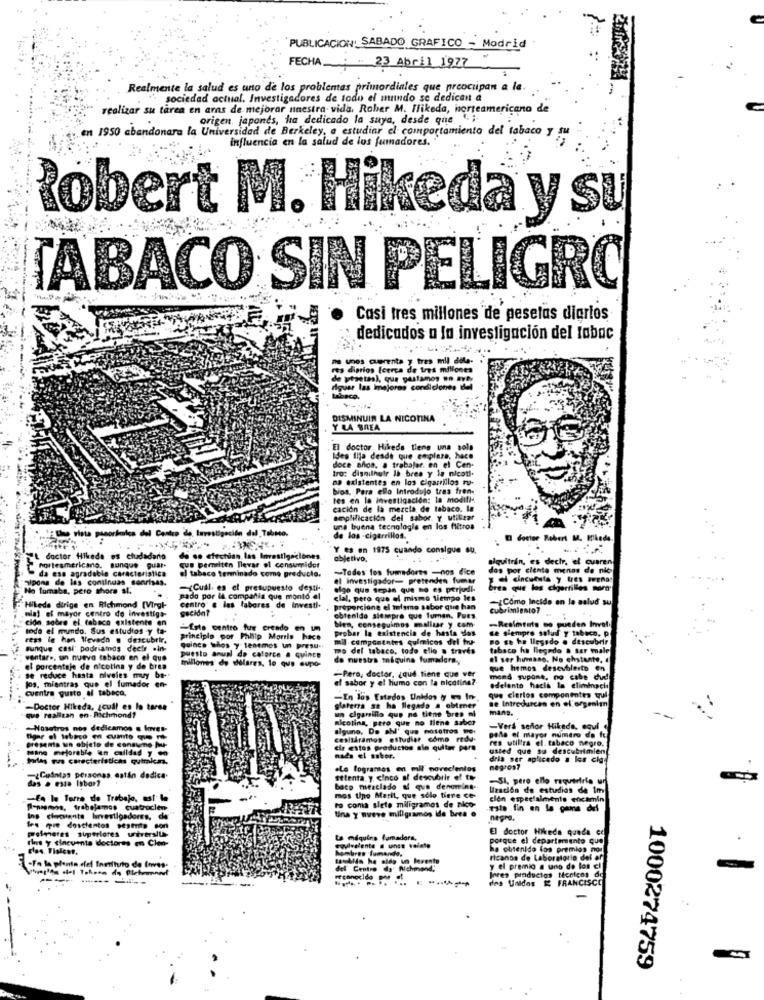
PUBLICACIÓN! SABADO GRAFICO - Modrid
FECHA. 23 Abril 1977
Realmente la salud es uno de los problemas primordiales que preocupan a la.
sociedad actual. Investigadores de todo el mundo se dedican a
realizar su tarea en aras de mejorar nuestra vida. Rober M. Ilikeda, norteamericano de
origen, japones, ha dedicado la suya, desde que ". ;-
en 1950 abandonara la Universidad de Berkeley, a estudiar el comportamiento del tabaco y fu
influencia en la salud de los fumadores.
Robert M. Hikeda y su
TABACO SIN PELIGRO
Casi tres millones de pesetas diarios
dedicados a la investigación del loboc
De unos cuarenta y tres mil dile-
es diarios (cerca de tres millones
de pesetas), que pastamos en avt.
riguar las imejores condiciones bul
abaco.
DISMINUIR LA NICOTINA
Y LA BREA
El doctor. Hikeds tiene una sola
Idea Ilja desde que emplaza, hace
doce aflon. a trabajar. en el Cen-
tro: disnilhuir la brea y la nicot !-
na existentes en los cigarrillos ru-
bios. Para ello Introdujo tras fren-
tes en la investigación: la modifi-
cación de la mezcla de tabaco. la
amplificación del sabor. y utilizar
Up vista panorámica del Centro de Investigación del Tabsto.
una buena tecnologia en los filtros
de las -cigarrillos.
El doctor Robert M. Elkeda.
Y es en 1975 cuando consigue su.
EL doctor Hikede os ciudadario
de so efectian las Investigaciones
objetivo.
alquitrin, es decir, el cuaren
norteamericano. sunque guar-
que pemelten llevar el consumidor
el tabaco tenninado como preducla.
-Todos los fumadores -nos dice
das por ciento menos de nic
Sipone de las continuas sonrisas.
da ese agradable caracteristica
el investigador- pretenden fumar
No fimaba, pero shore st.
-¿ Cuil. es el presupuesto desti-
algo que sepas que no es perjudi-
Eres que los cigortilles mora.
pado por la compartia que monto al
clal, pero que el mismo tiempo les
-¿ Cómo Incide en la salud su
Hileds dirige en Richmond [Virgi-
centro" a las labores de investi-
seción?
proporcione el mismo sabor que han
cubrimiento?
ción sobre el tabaco existente en
mia] el mayor centro de investiga-
obtenido siempre que luman. Pues
-Resimtats se pueden Invol.
todo el mundo. Sus estudios y ta-
-Este centro fue creado en um
ben, conseguimos mallur y com-
probar la existencia de hasta dos
se siempre salud y tabaco. p.
ress le han Wevada . descubrir,
principle por Philip Morris hace
mil componentes quimicos del tru-
Bo Eh he llegado . descubrir
sunque casi' podriamnds dechy .in-
quince whos y lenemes un presu ..
mo del tabaco, todo ello a través
tabaco ha llegado & ser male
wantare, un nuevo tabaco en el que
puesto anual de calorce a quince
millones de dolares, lo que supo-
de nuestra toiquine fumadora,
el ser humano, No chstante,
el porcentaje de nicotina y de brea
que hemos descubierto en
se reduce hasta niveles muy be-
el sabor y el humo con la nicotina ?.
-Pero, doctor, ¿ qud. tiene que ver
mond supone, no cabe dud
cuentra gusto af tabaco.
adelanto hacia la eliminaci
-En los Estados Unidos y In-
que ciertos componentes trul
se Introduzcan en el orgenimn
-Doctor Hikeda, ¿ cual es lo taren
glaterza se ha llegado a obtener
un cigarrillo que no tiene bres ni
mans.
que realizan en- Richmond?
nicotina, pero que no tiene saber
-Nosotros nos dedicamos s havet-
alguno, De ahl' que nosotros mer
-Vers serfor Hikeda, aqui
cesitáramos estudiar como redu-
polis of mayor numero de fu
res utilfra el. tabaco negro.
presenta un objeto de consumno Mu-
mano mejorable in culldad y en
cir estos productos sin quityr para
usted que su descubrimien
Pilas wus características quimicaa.
nada el sabor.
dria ser aplicado a los cio.
.Le logramos en mil novecientos
negros?
-Guinlas personas eatin dedica.
Etlenta y cinco al descubrir ef to-
-SI, pero ello raquerirle un
das . esta labor?
bato mezclado af que denomina-
Uzación de estudios de Im
En la Torre de Trabajo, ast le
mos tipo Marit, que solo tiene ce-
ción especialmente encamin
P-nemos, trabajamos cuatroclen
ro coma slete miligramos de alco-
Una y nueve miligramos ide brea .
este fin en la gans del
Ing clecuenta hinvestigadores, de
negro.
fre qie doscientos sesenta son
profeneres superiores uiversite
El doctor Hikeda queda ce
ris y cincuenta doctores en Clen-
La maquina fumadora,
porque el departamento que
equivalente . unte valete
ombres fumando.
ha obtenido los premios nor
-Fa la planta efel Ineihrto de loves-
Bavbilds ha sido un lorente
ricanos de Laboratorio del af
del Centro da Richmond,
y el premio a uno de los cl
------
-
des Unidos & FRANCISCE
Jores productos Menices de
1000274759